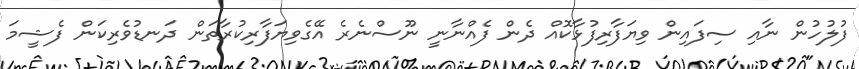
ފުލުހުން ނާއި ސިފައިން ވިޔަފާރިފުޅާކޮއް ދެން ފެެއްނާނީ ނޫސްނެރެ އޭގެވިޔަފާރިކުރާތަން ދަނޑުވެރިކަން ފެޝީމަ